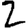
Digit: 2